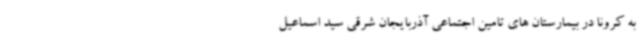
به کرونا در بیمارستان های تامین اجتماعی آذربایجان شرقی سید اسماعیل